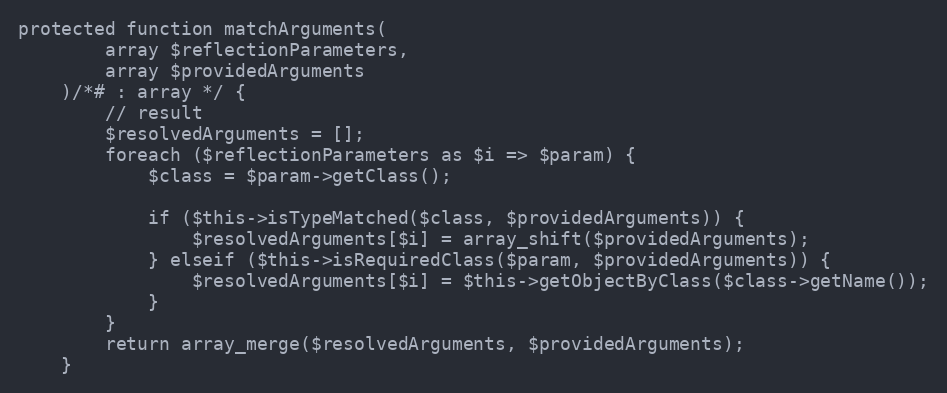
Language: PHP
protected function matchArguments(
        array $reflectionParameters,
        array $providedArguments
    )/*# : array */ {
        // result
        $resolvedArguments = [];
        foreach ($reflectionParameters as $i => $param) {
            $class = $param->getClass();

            if ($this->isTypeMatched($class, $providedArguments)) {
                $resolvedArguments[$i] = array_shift($providedArguments);
            } elseif ($this->isRequiredClass($param, $providedArguments)) {
                $resolvedArguments[$i] = $this->getObjectByClass($class->getName());
            }
        }
        return array_merge($resolvedArguments, $providedArguments);
    }